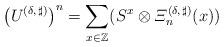
LaTeX: \begin{align*}\left(U^{(\delta,\,\sharp)}\right)^n = \sum_{x\in\mathbb{Z}} (S^x\otimes \varXi_n^{(\delta,\,\sharp)}(x))\end{align*}